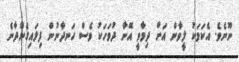
ނޫނެވެ. އެކަމަކު ލީވާން އަށް ދިމާވީ އޭނާ ދުވަހަކު ވެސް ހަނދާނުން ފިލައިގެންދާނެ